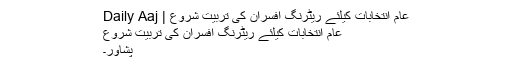
عام انتخابات کیلئے ریٹرنگ افسران کی تربیت شروع | Daily Aaj
عام انتخابات کیلئے ریٹرنگ افسران کی تربیت شروع
پشاور۔